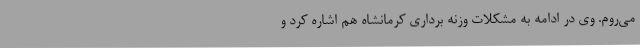
می‌روم. وی در ادامه به مشکلات وزنه برداری کرمانشاه هم اشاره کرد و